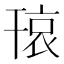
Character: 𱜾